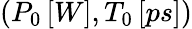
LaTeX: (P_{0}\, [W],T_{0}\, [ps])